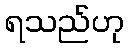
ရသည်ဟု